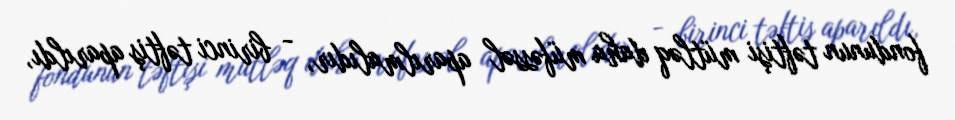
fondunun təftişi mütləq daha müfəssəl aparılmalıdır, - birinci təftiş aparıldı,